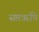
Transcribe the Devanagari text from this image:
सप्तॠषि